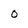
Character: 0